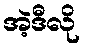
အဲ့ဒီလို